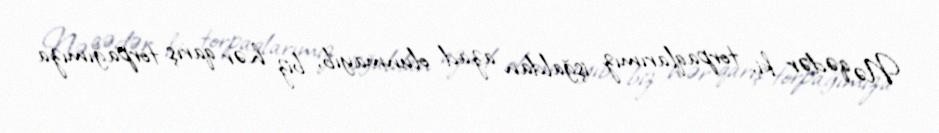
Nə qədər ki, torpaqlarımız işğaldan azad olunmayıb, biz hər qarış torpağımıza